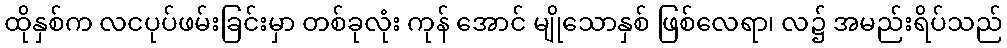
ထိုနှစ်က လငပုပ်ဖမ်းခြင်းမှာ တစ်ခုလုံး ကုန် အောင် မျိုသောနှစ် ဖြစ်လေရာ၊ လ၌ အမည်းရိပ်သည်